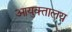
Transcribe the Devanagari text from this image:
आयुक्‍तालय